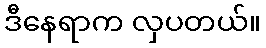
ဒီနေရာက လှပတယ်။